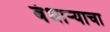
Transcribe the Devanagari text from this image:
बंधार्‍याचा